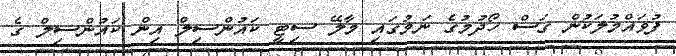
ފުވައްމުލަކުން ގަސް ހޯދުމުގެ ނަމުގައި މާލޭ ސިޓީ ކައުންސިލް އިން ކައުންސިލް ގެ